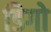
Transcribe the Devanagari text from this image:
डिगो